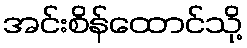
အင်းစိန်ထောင်သို့